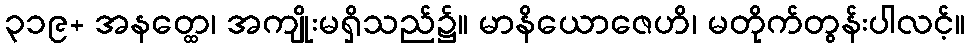
၃၁၉+ အနတ္ထေ၊ အကျိုးမရှိသည်၌။ မာနိယောဇေဟိ၊ မတိုက်တွန်းပါလင့်။